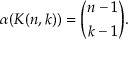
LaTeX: \alpha ( K ( n , k ) ) = { \binom { n - 1 } { k - 1 } } .